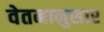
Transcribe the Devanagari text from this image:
वेतनानुसार